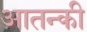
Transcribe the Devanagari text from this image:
आतन्की